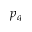
p _ { q }